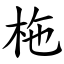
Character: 柂